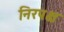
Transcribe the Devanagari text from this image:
निरपक्ष